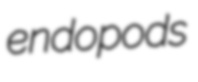
endopods